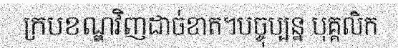
ក្របខណ្ឌវិញដាច់ខាត។បច្ចុប្បន្ន បុគ្គលិក